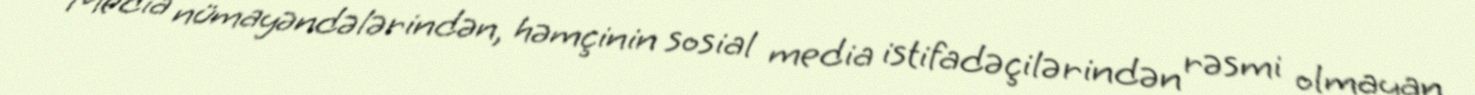
Media nümayəndələrindən, həmçinin sosial media istifadəçilərindən rəsmi olmayan